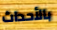
بالأحداث